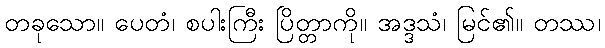
တခုသော။ ပေတံ၊ စပါးကြီး ပြိတ္တာကို။ အဒ္ဒသံ၊ မြင်၏။ တဿ၊